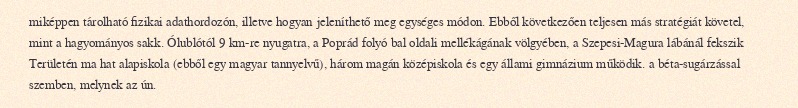
miképpen tárolható fizikai adathordozón, illetve hogyan jeleníthető meg egységes módon. Ebből következően teljesen más stratégiát követel, mint a hagyományos sakk. Ólublótól 9 km-re nyugatra, a Poprád folyó bal oldali mellékágának völgyében, a Szepesi-Magura lábánál fekszik Területén ma hat alapiskola (ebből egy magyar tannyelvű), három magán középiskola és egy állami gimnázium működik. a béta-sugárzással szemben, melynek az ún.